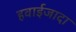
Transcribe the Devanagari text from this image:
हवाईजादा